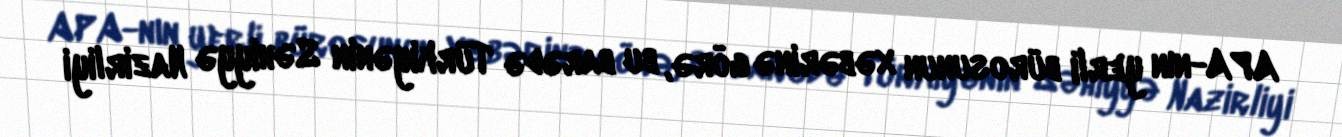
APA-nın yerli bürosunun xəbərinə görə, bu barədə Türkiyənin Səhiyyə Nazirliyi